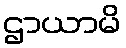
ဌာယာမိ